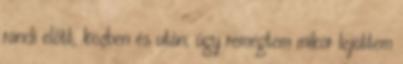
randi előtt, közben és után, úgy remegtem mikor lejöttem